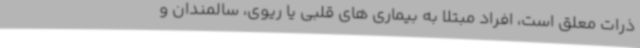
ذرات معلق است، افراد مبتلا به بیماری های قلبی یا ریوی، سالمندان و